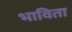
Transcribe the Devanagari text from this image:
भाविता